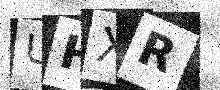
Text: UHXR